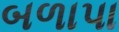
બળાપા